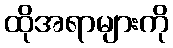
ထိုအရာများကို